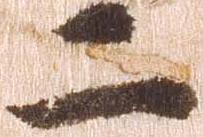
二